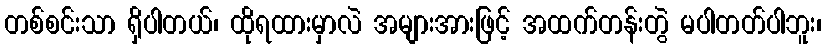
တစ်စင်းသာ ရှိပါတယ်၊ ထိုရထားမှာလဲ အများအားဖြင့် အထက်တန်းတွဲ မပါတတ်ပါဘူး၊